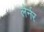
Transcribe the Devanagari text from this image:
लेर्नर